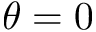
\theta = 0